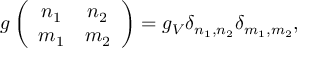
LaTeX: g \left( \begin{array} { c c } { { n _ { 1 } } } & { { n _ { 2 } } } \\ { { m _ { 1 } } } & { { m _ { 2 } } } \end{array} \right) = g _ { V } \delta _ { n _ { 1 } , n _ { 2 } } \delta _ { m _ { 1 } , m _ { 2 } } ,